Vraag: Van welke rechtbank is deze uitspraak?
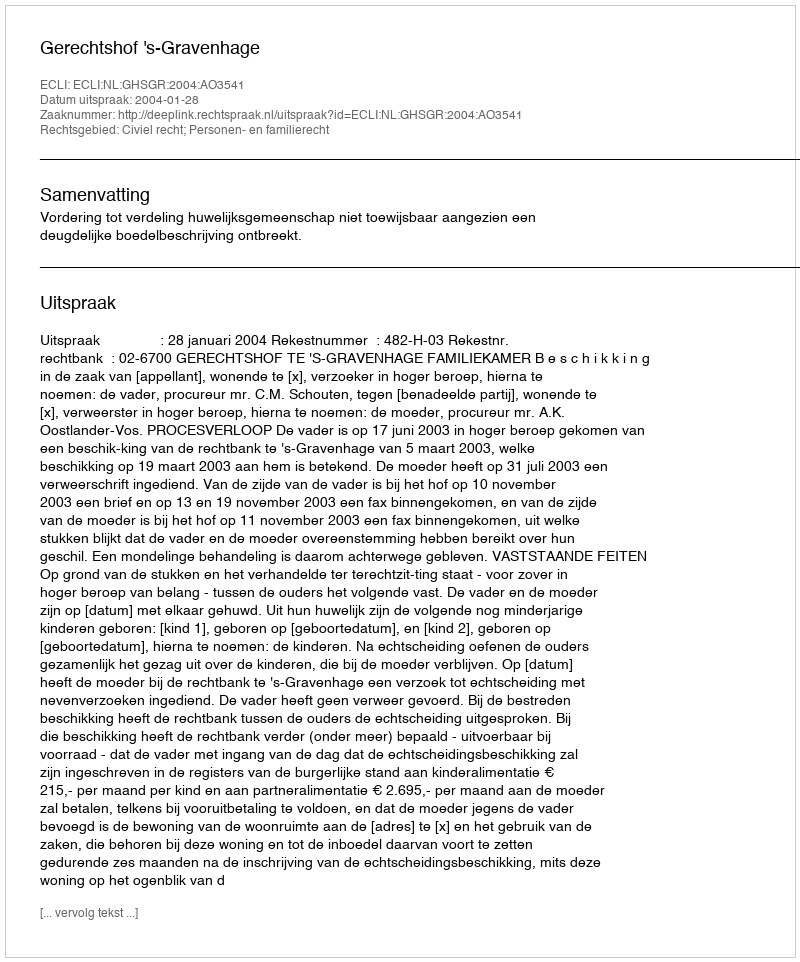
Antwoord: Gerechtshof 's-Gravenhage